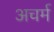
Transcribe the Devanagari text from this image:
अचर्म